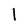
Character: l